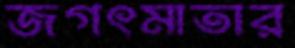
জগৎমাতার